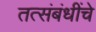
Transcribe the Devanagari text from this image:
तत्संबंधींचे